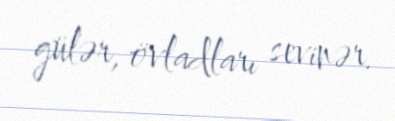
gülər, övladları sevinər.